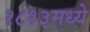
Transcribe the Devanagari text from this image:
१८१३मध्ये